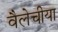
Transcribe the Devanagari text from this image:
वैलेचीया